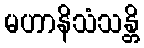
မဟာနိသံသန္တိ